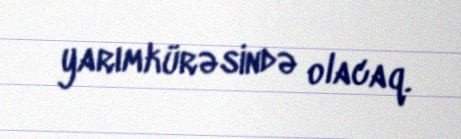
yarımkürəsində olacaq.